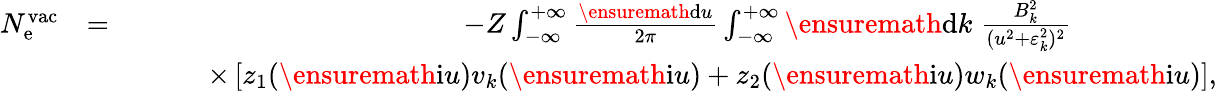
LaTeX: \begin{array}{rlr}{N_{\mathrm{e}}^{\mathrm{vac}}}&{=}&{-Z\int_{-\infty}^{+\infty}\frac{\ensuremath{\mathrm{d}}u}{2\pi}\int_{-\infty}^{+\infty}\ensuremath{\mathrm{d}}k\; \frac{B_{k}^{2}}{(u^{2}+\varepsilon_{k}^{2})^{2}}\phantom{xxxxxxxxx}}\\ &{}&{\; \; \; \; \; \; \; \; \; \times\left[z_{1}(\ensuremath{\mathrm{i}}u)v_{k}(\ensuremath{\mathrm{i}}u)+z_{2}(\ensuremath{\mathrm{i}}u)w_{k}(\ensuremath{\mathrm{i}}u)\right],}\end{array}